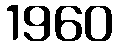
1960